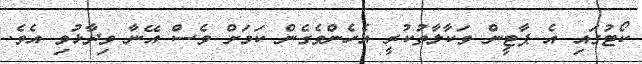
ކޯޓުގައި އެ ޕާޓީން ވަކާލާތުކުރީ އެހެންވެގެން ކަމަށް ވެސް އޭނާ ވިދާޅުވި އެވެ.